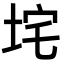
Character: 垞